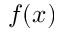
f ( x )